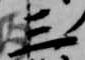
三